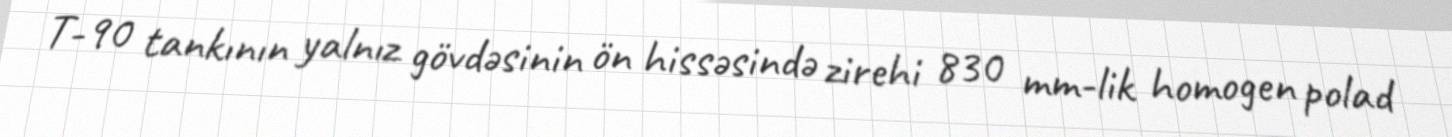
T-90 tankının yalnız gövdəsinin ön hissəsində zirehi 830 mm-lik homogen polad